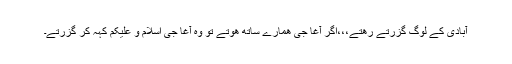
آبادی کے لوگ گزرتے رھتے،،،اگر آغا جی ھمارے ساتھ ھوتے تو وہ آغا جی اسلام و علیکم کہہ کر گزرتے۔